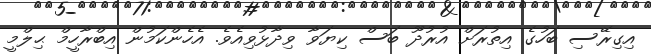
އިގިރޭސި ބަހުގެ އިތުރަށް އުރުދޫ ބަސް ކިޔަވާ ވިދާޅުވިއެވެ. އެހެންކަމުން އިބްރާހީމް ޙިލްމީ